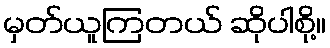
မှတ်ယူကြတယ် ဆိုပါစို့။